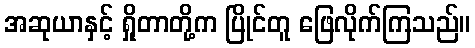
အဆုယာနှင့် ရှိုတာတို့က ပြိုင်တူ ဖြေလိုက်ကြသည်။